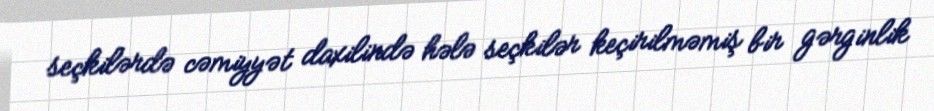
seçkilərdə cəmiyyət daxilində hələ seçkilər keçirilməmiş bir gərginlik